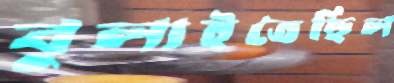
বুলাইতেছিল